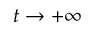
t \to + \infty